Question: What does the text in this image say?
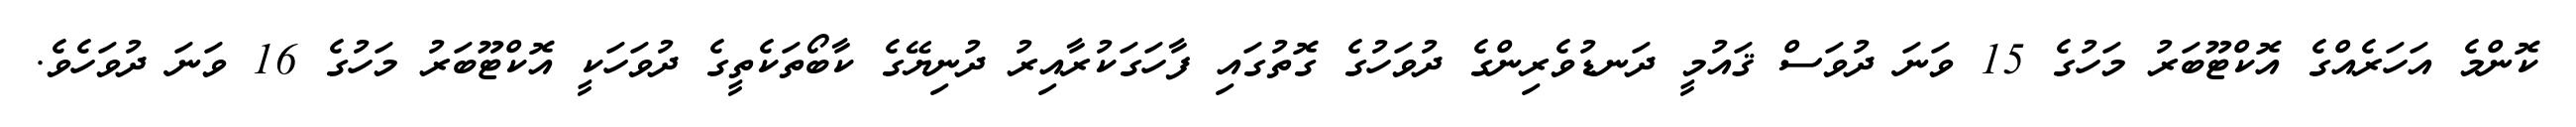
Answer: ކޮންމެ އަހަރެއްގެ އޮކްޓޫބަރު މަހުގެ 15 ވަނަ ދުވަސް ޤައުމީ ދަނޑުވެރިންގެ ދުވަހުގެ ގޮތުގައި ފާހަގަކުރާއިރު ދުނިޔޭގެ ކާބޯތަކެތީގެ ދުވަހަކީ އޮކްޓޫބަރު މަހުގެ 16 ވަނަ ދުވަހެވެ.